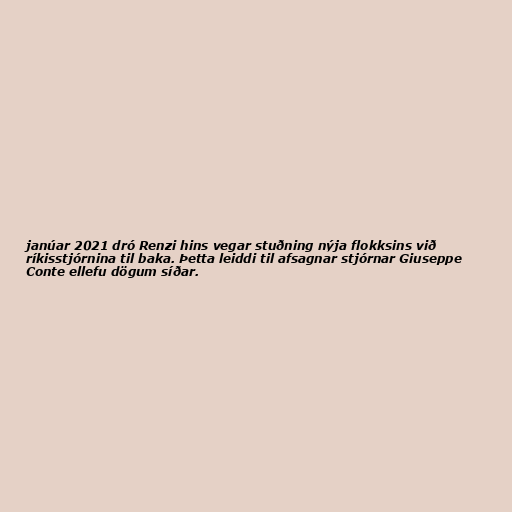
janúar 2021 dró Renzi hins vegar stuðning nýja flokksins við
ríkisstjórnina til baka. Þetta leiddi til afsagnar stjórnar Giuseppe
Conte ellefu dögum síðar.